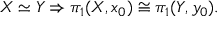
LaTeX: X \simeq Y \Rightarrow \pi _ { 1 } ( X , x _ { 0 } ) \cong \pi _ { 1 } ( Y , y _ { 0 } ) .